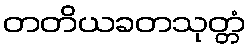
တတိယခတသုတ္တံ